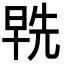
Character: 𭦞